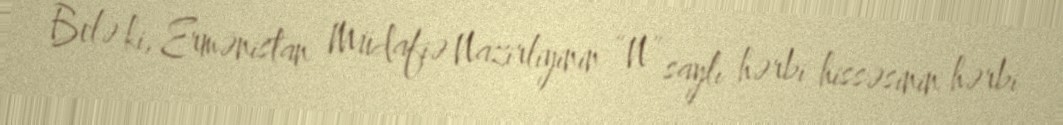
Belə ki, Ermənistan Müdafiə Nazirliyinin “N” saylı hərbi hissəsinin hərbi